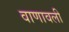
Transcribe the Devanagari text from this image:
वाणावली